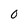
Character: 0